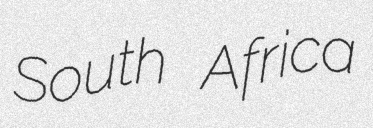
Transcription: South Africa